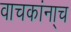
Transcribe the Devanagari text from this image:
वाचकांना्च